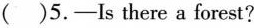
（）5.—Is there a forest？